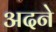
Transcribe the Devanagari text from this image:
अदने